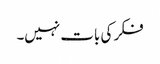
فکر کی بات نہیں۔